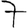
Digit: 7